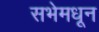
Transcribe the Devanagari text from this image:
सभेमधून